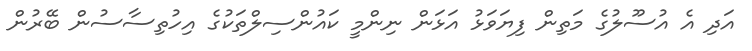
އަދި އެ އުސޫލުގެ މަތިން ފިޔަވަޅު އަޅަން ނިންމީ ކައުންސިލްތަކުގެ އިހުތިސާސުން ބޭރުން